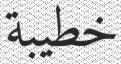
خطيبة